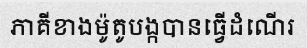
ភាគីខាងម៉ូតូបង្កបានធ្វើដំណើរ